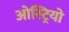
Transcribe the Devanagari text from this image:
ओस्ट्रियो